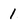
Character: 1